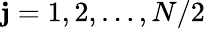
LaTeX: \mathbf{j}=1,2,\dots,N/2